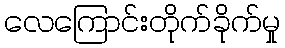
လေကြောင်းတိုက်ခိုက်မှု